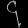
Digit: ၄